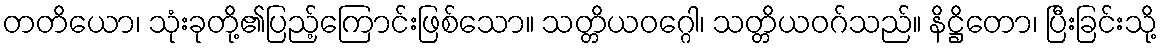
တတိယော၊ သုံးခုတို့၏ပြည့်ကြောင်းဖြစ်သော။ သတ္တိယဝဂ္ဂေါ၊ သတ္တိယဝဂ်သည်။ နိဋ္ဌိတော၊ ပြီးခြင်းသို့